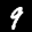
Label: 9